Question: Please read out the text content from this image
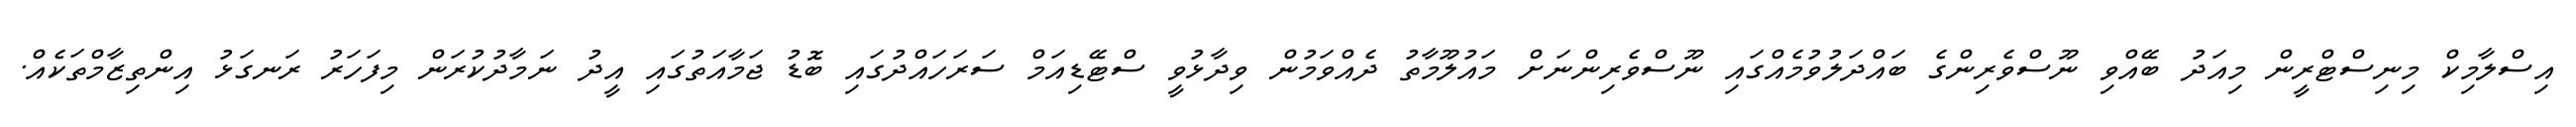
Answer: އިސްލާމިކް މިނިސްޓްރީން މިއަދު ބޭއްވި ނޫސްވެރިންގެ ބައްދަލުވުމެއްގައި ނޫސްވެރިންނަށް މައުލޫމާތު ދެއްވަމުން ވިދާޅުވީ ސްޓޭޑިއަމް ސަރަހައްދުގައި ބޮޑު ޖަމާއަތުގައި އީދު ނަމާދުކުރަން މިފަހަރު ރަނގަޅު އިންތިޒާމްތަކެއް.